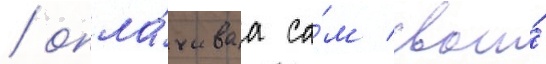
/ опла́чиваа са́м свои́